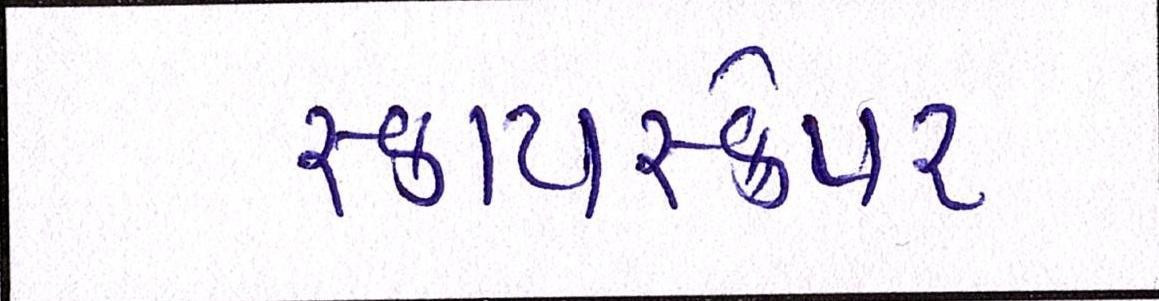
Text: સ્કાયસ્ક્રેપર